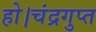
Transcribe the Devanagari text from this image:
हो।चंद्रगुप्त